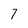
Character: 7